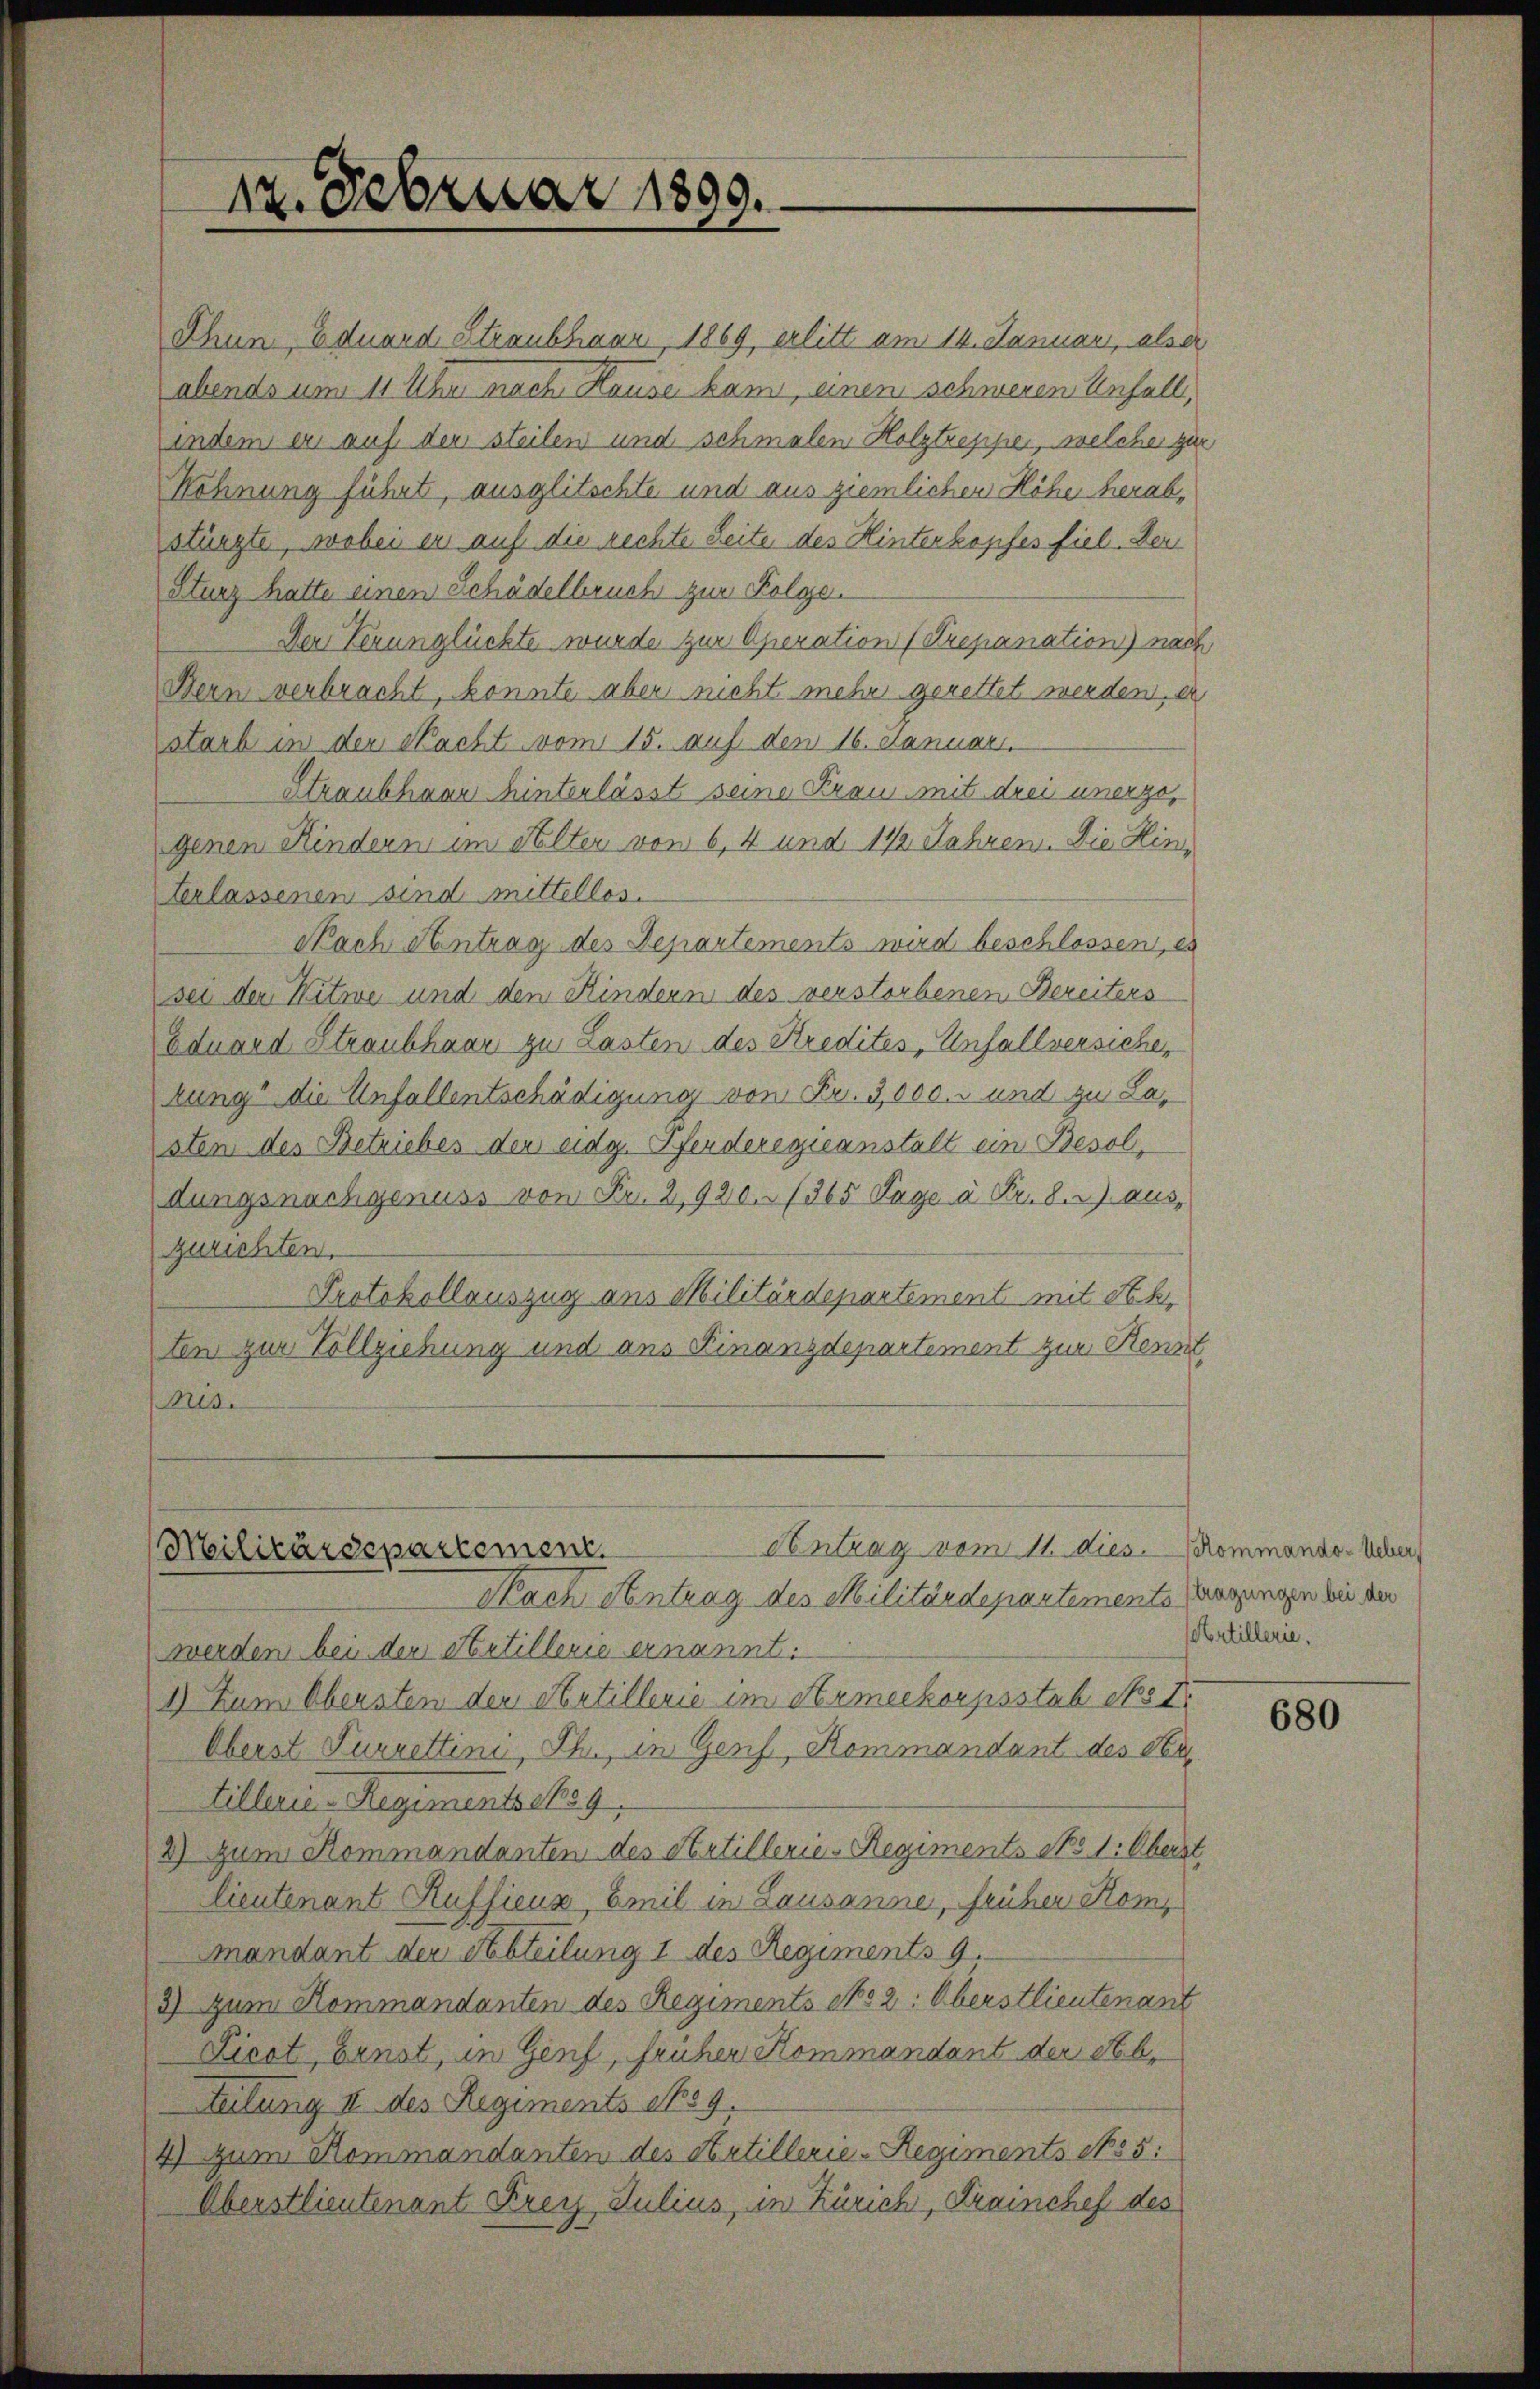
22. Februar 1890.

Thun Eduard Straubhaar, 1869, erlitt am 14. Januar, alser
abends um 11 Uhr nach Hause kam, einen schweren Unfall,
indem er auf der steilen und schmalen Holztrepper, welche zur
Wohnung führt, ausglitschte und aus ziemlichen Höhe herabstüngte, wobei en auf die rechte Seite des Hinterkopfes fiel. Der
Sturz hatte einen Schädelbruch zur Folge.
Der Verunglückte wurde zur Operation (Prepanation) nach
Bern verbracht, konnte aber nicht mehr gerettet werden, er
starb in der Nacht vom 15. auf den 16. Januar.
Straubhaau hinterlässt seine Kraus mit drei unerzogenen Kindern im Selter von 6, 4 und 142 Jahren. Die Hinterlassenen sind mittellos.
Nach Antrag des Departements wird beschlossen, es
sei der Witwe und den Kindern des verstorbenen Bereiters
Eduard Straubhaar zu Lasten des Kredites, Unfallversichen
tung" die Unfallentschädigung von Fr. 3,000. und zu Lasten des Betriebes der eidg. Pferderegieanstalt ein Besoldungsnachgenuss von Fr. 2,920./365 Tage à Fr. b.) aus,
zurichten.
Protokollauszug aus Militärdepartement mit Seb.
ten zur Vollziehung und aus Finanzdepartement zur Kennt
Ns.

Centrag vom 11. dies. Kommando-Ueber¬
Militärdepartement

Nach Antrag des Militärdepartements darungen bei den
werden bei der Artillerie ernannt.
1) Zum Obersten den Artillerie im Armeekorpsstab No I
Oberst Furrettini, Thr, in Genf, Kommandant des Ser
tillerie-Regiments 1859,
2) Zum Kommandanten des Artillerie-Regiments No 1. Oberst
lieutenant Rufficus, Emil in Lausanne, früher Hommandant der Abteilung 1 des Regiments 9.
3) zum Kommandanten des Regiments No 2: Oberstlieutenant
Ficot, Ernst, in Genf, früher Kommandant der Abteilung I des Regiments No 9.
4) zum Rommandanten des Artillerie-Regiments No 5:
Überstlieutenant Krey Julius, in Zürich, Trainchef des

Artillerie.

680